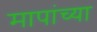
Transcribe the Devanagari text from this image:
मापांच्या